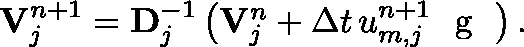
\begin{array} { r } { \mathbf { V } _ { j } ^ { n + 1 } = \mathbf { D } _ { j } ^ { - 1 } \left( \mathbf { V } _ { j } ^ { n } + \Delta t \, u _ { m , j } ^ { n + 1 } \textrm { \boldmath { g } } \right) . } \end{array}